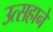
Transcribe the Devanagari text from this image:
उत्सहाने